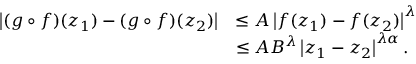
\begin{array} { r l } { \displaystyle \left\lvert ( g \circ f ) ( z _ { 1 } ) - ( g \circ f ) ( z _ { 2 } ) \right\rvert } & { \leq A \displaystyle \left\lvert f ( z _ { 1 } ) - f ( z _ { 2 } ) \right\rvert ^ { \lambda } } \\ & { \leq A B ^ { \lambda } \displaystyle \left\lvert z _ { 1 } - z _ { 2 } \right\rvert ^ { \lambda \alpha } . } \end{array}